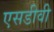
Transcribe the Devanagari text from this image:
एसडीवी